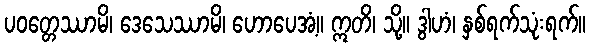
ပဝတ္တေဿာမိ၊ ဒေသေဿာမိ၊ ဟောပေအံ့။ ဣတိ၊ သို့။ ဒွါဟံ၊ နှစ်ရက်သုံးရက်။